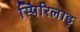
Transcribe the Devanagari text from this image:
स्पिरिलाइ